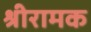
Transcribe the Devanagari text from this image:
श्रीरामक